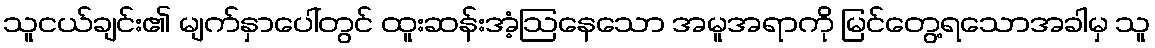
သူငယ်ချင်း၏ မျက်နှာပေါ်တွင် ထူးဆန်းအံ့ဩနေသော အမူအရာကို မြင်တွေ့ရသောအခါမှ သူ